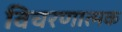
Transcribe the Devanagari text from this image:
विचरणात्मक